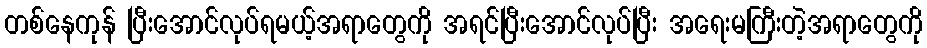
တစ်နေကုန် ပြီးအောင်လုပ်ရမယ့်အရာတွေကို အရင်ပြီးအောင်လုပ်ပြီး အရေးမကြီးတဲ့အရာတွေကို